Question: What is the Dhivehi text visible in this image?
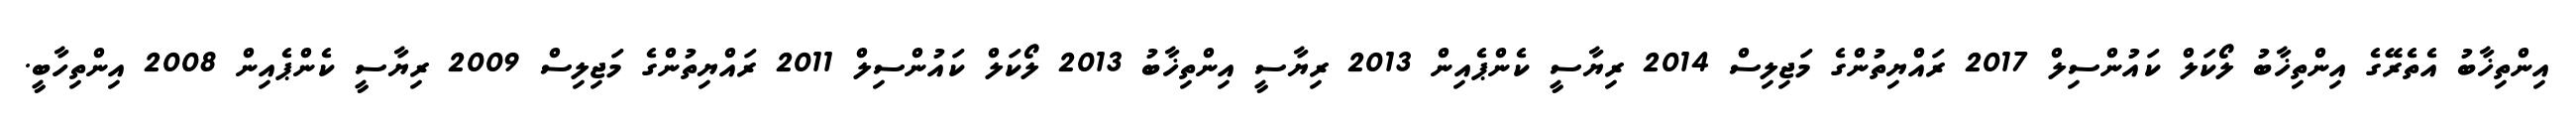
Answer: އިންތިޚާބު އެތެރޭގެ އިންތިޚާބު ލޯކަލް ކައުންސިލް 2017 ރައްޔިތުންގެ މަޖިލިސް 2014 ރިޔާސީ ކެންޕެއިން 2013 ރިޔާސީ އިންތިޚާބު 2013 ލޯކަލް ކައުންސިލް 2011 ރައްޔިތުންގެ މަޖިލިސް 2009 ރިޔާސީ ކެންޕެއިން 2008 އިންތިހާބީ.